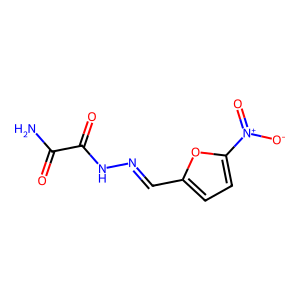
SMILES: NC(=O)C(=O)NN=Cc1ccc([N+](=O)[O-])o1
Inhibits HIV replication: No